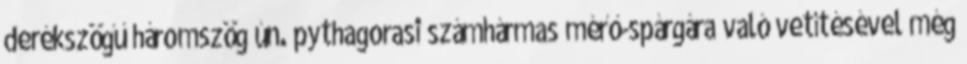
derékszögű háromszög ún. pythagorasi számhármas mérő-spárgára való vetítésével még